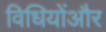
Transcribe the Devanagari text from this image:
विधियोंऔर